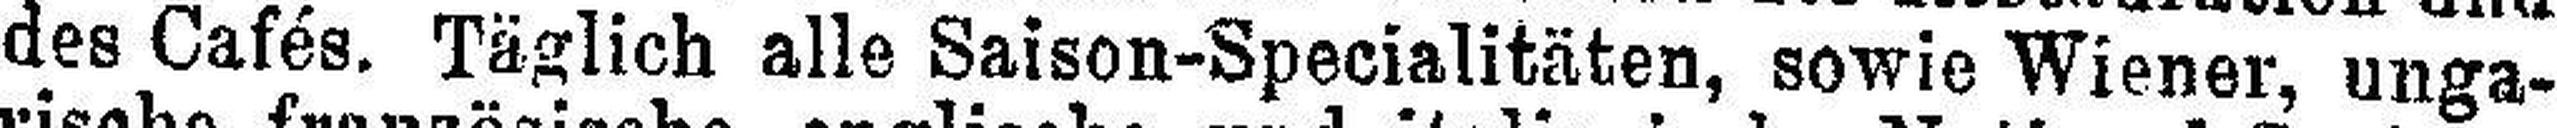
des Cafés. Täglich alle Saison-Specialitäten, sowie Wiener, unga¬